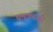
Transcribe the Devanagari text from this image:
चमकावी